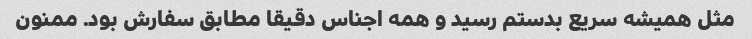
مثل همیشه سریع بدستم رسید و همه اجناس دقیقا مطابق سفارش بود. ممنون